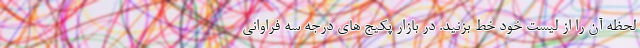
لحظه آن را از لیست خود خط بزنید. در بازار پکیج های درجه سه فراوانی